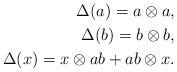
LaTeX: \begin{align*}\Delta(a)=a\otimes a,\\\Delta(b)=b\otimes b, \\\Delta(x)=x\otimes ab+ab\otimes x.\end{align*}